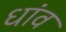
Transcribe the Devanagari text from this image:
धांव